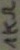
Text: 1KΩ